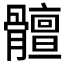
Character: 𲌒